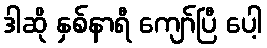
ဒါဆို နှစ်နာရီ ကျော်ပြီ ပေါ့